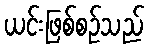
ယင်းဖြစ်စဉ်သည်